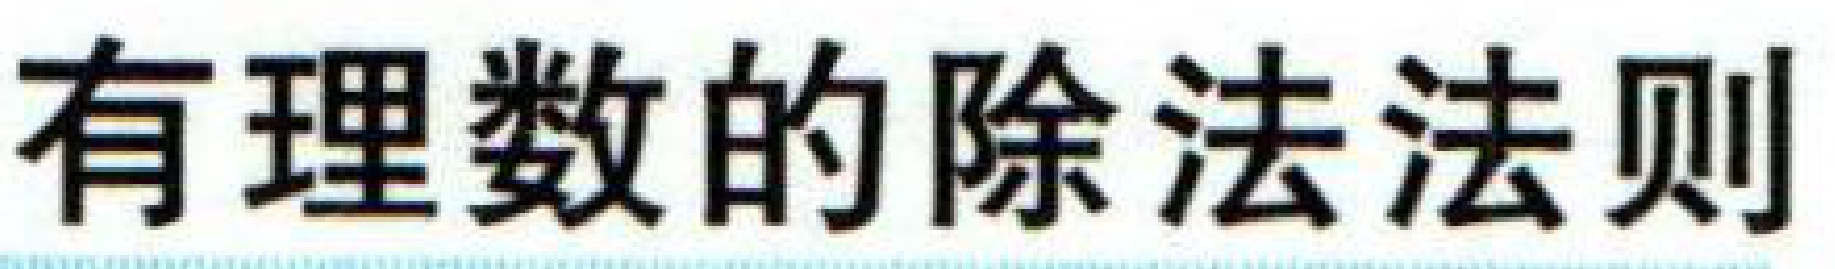
有理数的除法法则